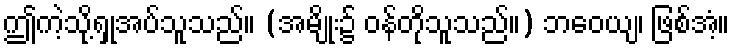
ဤကဲ့သို့ရှုအပ်သူသည်။ (အမျိုး၌ ဝန်တိုသူသည်။) ဘဝေယျ၊ ဖြစ်အံ့။